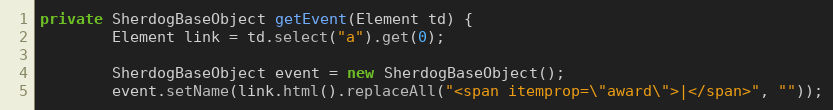
Language: Java
private SherdogBaseObject getEvent(Element td) {
        Element link = td.select("a").get(0);

        SherdogBaseObject event = new SherdogBaseObject();
        event.setName(link.html().replaceAll("<span itemprop=\"award\">|</span>", ""));